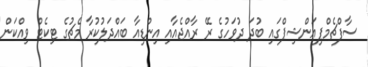
ސާފްޗެމްޕިއަންޝިޕްގައި ބުދަ ދުވަހުގެ ރޭ ރާއްޖެއާއި އިންޑިއާ ބައްދަލުކުރާ މެޗުގެ ޓިކެޓް ވިއްކަން